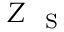
Z _ { \mathrm { ~ { ~ S ~ } ~ } }